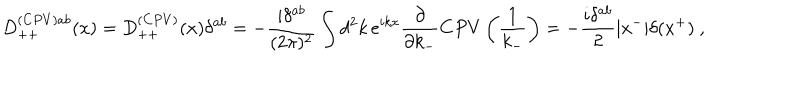
LaTeX: D _ { + + } ^ { ( C P V ) a b } ( x ) = D _ { + + } ^ { ( C P V ) } ( x ) \delta ^ { a b } = - { \frac { i \delta ^ { a b } } { ( 2 \pi ) ^ { 2 } } } \int d ^ { 2 } k \, e ^ { i k x } { \frac { \partial } { \partial k _ { - } } } C P V \left( { \frac { 1 } { k _ { - } } } \right) = - { \frac { i \delta ^ { a b } } { 2 } } | x ^ { - } | \delta ( x ^ { + } ) \ ,